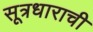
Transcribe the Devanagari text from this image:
सूत्रधाराची